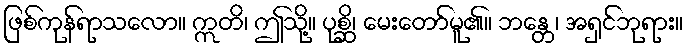
ဖြစ်ကုန်ရာသလော။ ဣတိ၊ ဤသို့။ ပုစ္ဆိ၊ မေးတော်မူ၏။ ဘန္တေ၊ အရှင်ဘုရား။